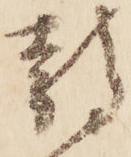
静